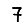
Digit: 7